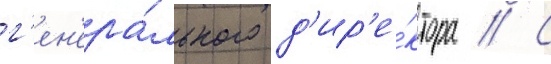
г'ен'ера́льного д'ир'е́ктора // С